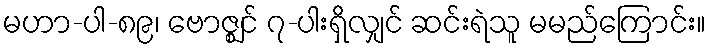
မဟာ-ပါ-၈၉၊ ဗောဇ္ဈင် ၇-ပါးရှိလျှင် ဆင်းရဲသူ မမည်ကြောင်း။